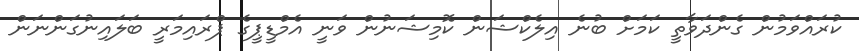
ކުރައްވަމުން ގެންދަވާތީ ކަމަށް ބުނެ އިލެކްޝަން ކޮމިޝަނުން ވަނީ އެމްޑީޕީގެ ޕްރައިމަރީ ބަލައިނުގަންނަން